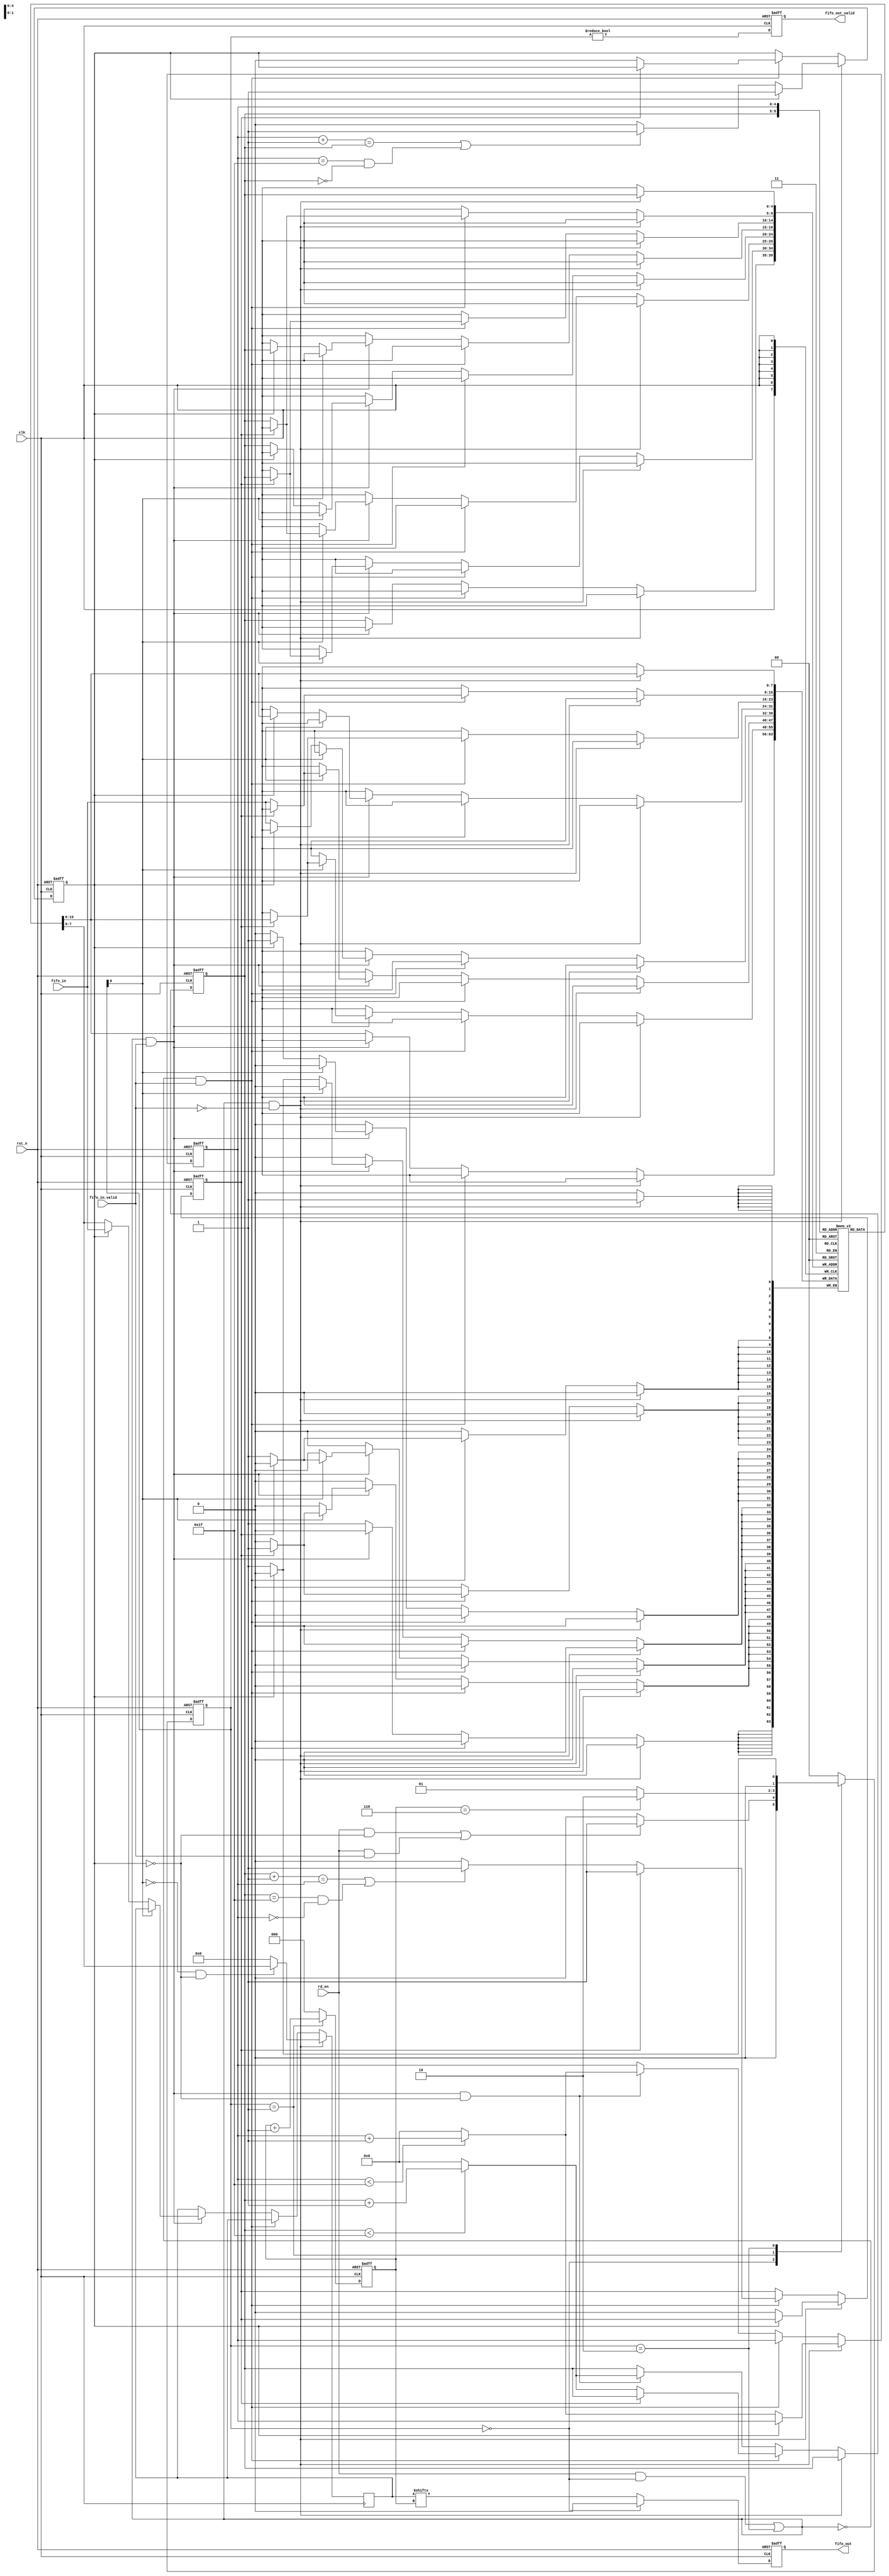
module FIFO #(parameter DATA_W = 8, ADDR_W = 5, BUFF_L = 32, OUT_ADDR_W = 3) (
    input  wire              clk           , // Clock
    input  wire              rst_n         , // Asynchronous reset active low
    input  wire [DATA_W-1:0] fifo_in       ,
    input  wire              fifo_in_valid ,
    input  wire              rd_en         ,
    output reg               fifo_out      ,
    output reg               fifo_out_valid
);

    reg [DATA_W - 1 : 0] mem_array  [0: 2**ADDR_W - 1];
    reg [ADDR_W - 1 : 0] rd_ptr, wr_ptr;
    reg [ADDR_W - 1 : 0] rd_ptr_nxt, wr_ptr_nxt;
    reg                  full_ff, empty_ff;
    reg                  full_ff_nxt, empty_ff_nxt;

    reg [    DATA_W - 1 : 0] out_buff    ;
    reg [OUT_ADDR_W - 1 : 0] out_cnt, out_cnt_nxt;
    reg [             1 : 0] out_state_ff, out_state_ff_nxt;
    reg                      fetch       ;

    always @(posedge clk or negedge rst_n) begin : proc_reg_update
        if (~rst_n)    begin
            rd_ptr       <= {(ADDR_W){1'b 0}};
            wr_ptr       <= {(ADDR_W){1'b 0}};
            full_ff      <= 1'b 0;
            empty_ff     <= 1'b 1;
            out_cnt      <= {(OUT_ADDR_W){1'b 0}};
            out_state_ff <= 2'b 00;
        end else begin
            rd_ptr       <= rd_ptr_nxt;
            wr_ptr       <= wr_ptr_nxt;
            empty_ff     <= empty_ff_nxt;
            full_ff      <= full_ff_nxt;
            out_cnt      <= out_cnt_nxt;
            out_state_ff <= out_state_ff_nxt;
        end
    end

    // Control for fifo fetch flag
    always @(*) begin
        fetch <= (rd_en && out_state_ff == 2'b 00) || out_state_ff == 2'b 10;
    end

    // Control for rd/wr pointers
    // wr_ptr_nxt, rd_ptr_nxt, empty_ff_nxt, full_ff_nxt
    always @(*) begin
        if (fetch == 1'b 1 && fifo_in_valid == 1'b 0) begin
            wr_ptr_nxt   <= wr_ptr;
            if (~empty_ff) begin
                rd_ptr_nxt   <= (rd_ptr < BUFF_L - 1)? rd_ptr + 4'h 1: {(ADDR_W){1'b 0}};
                if ((rd_ptr + 1 == wr_ptr) || ((rd_ptr == BUFF_L- 1) && (wr_ptr == 0)))
                    empty_ff_nxt <= 1'b 1;
                else
                    empty_ff_nxt <= 1'b 0;
                full_ff_nxt  <= 1'b 0;
            end else begin
                rd_ptr_nxt   <= rd_ptr;
                empty_ff_nxt <= empty_ff;
                full_ff_nxt  <= full_ff;
            end
        end else if (fetch == 1'b 0 && fifo_in_valid == 1'b 1) begin
            rd_ptr_nxt   <= rd_ptr;
            if (~full_ff) begin
                wr_ptr_nxt   <= (wr_ptr < BUFF_L - 1)? wr_ptr + 4'h 1: {(ADDR_W){1'b 0}};
                if ((wr_ptr + 1 == rd_ptr) || ((wr_ptr == BUFF_L- 1) && (rd_ptr == 0)))
                    full_ff_nxt  <= 1'b 1;
                else
                    full_ff_nxt  <= 1'b 0;
                empty_ff_nxt <= 1'b 0;
            end else begin
                wr_ptr_nxt   <= wr_ptr;
                empty_ff_nxt <= empty_ff;
                full_ff_nxt  <= full_ff;
            end
        end else if (fetch == 1'b 1 && fifo_in_valid == 1'b 1 && ~empty_ff) begin
            rd_ptr_nxt   <= (rd_ptr < BUFF_L - 1)? rd_ptr + 4'h 1: {(ADDR_W){1'b 0}};
            wr_ptr_nxt   <= (wr_ptr < BUFF_L - 1)? wr_ptr + 4'h 1: {(ADDR_W){1'b 0}};
            full_ff_nxt  <= full_ff;
            empty_ff_nxt <= empty_ff;
        end else begin
            rd_ptr_nxt   <= rd_ptr;
            wr_ptr_nxt   <= wr_ptr;
            full_ff_nxt  <= full_ff;
            empty_ff_nxt <= empty_ff;
        end

    end

    // Update main memory
    // out_buff, mem_array[wr_ptr]
    always @(posedge clk) begin : proc_mem
        if (fetch && ~fifo_in_valid) begin
             mem_array[wr_ptr] <= mem_array[wr_ptr];
            if (out_state_ff[0] == 1'b 0 && ~empty_ff) begin
                out_buff          <= mem_array[rd_ptr];
            end else
                out_buff          <= {(DATA_W){1'b 0}};
        end else if (~fetch && fifo_in_valid) begin
            out_buff <= out_buff;
            if (~full_ff)
                mem_array[wr_ptr] <= fifo_in;
            else
                mem_array[wr_ptr] <= mem_array[wr_ptr];
        end else if (fetch && fifo_in_valid) begin
            if (out_state_ff[0] == 1'b 0) begin
                if (empty_ff) begin
                    out_buff          <= fifo_in;
                    mem_array[wr_ptr] <= mem_array[wr_ptr];
                end else begin
                    out_buff          <= mem_array[rd_ptr];
                    mem_array[wr_ptr] <= fifo_in;
                end
            end else if (~full_ff) begin
                out_buff          <= out_buff;
                mem_array[wr_ptr] <= fifo_in;
            end else begin
                out_buff          <= out_buff;
                mem_array[wr_ptr] <= mem_array[wr_ptr];
            end
        end else begin
            out_buff          <= out_buff;
            mem_array[wr_ptr] <= mem_array[wr_ptr];
        end
    end

    // Control for output buffer pointers
    always @(*) begin
        case (out_state_ff)
            2'b 00 : begin
                out_cnt_nxt <= {(OUT_ADDR_W){1'b 0}};

                if ((rd_en && ~empty_ff) || (rd_en && fifo_in_valid))
                    out_state_ff_nxt <= 2'b 01;
                else
                    out_state_ff_nxt <= 2'b 00;
            end
            2'b 01 : begin
                out_cnt_nxt <= out_cnt + 3'h 1;

                if (out_cnt == {{(OUT_ADDR_W - 1){1'b 1}}, 1'b 0}) begin
                    out_state_ff_nxt <= 2'b 10;
                end else begin
                    out_state_ff_nxt <= 2'b 01;
                end
            end
            2'b 10 : begin
                out_cnt_nxt <= {(OUT_ADDR_W){1'b 0}};
                if (empty_ff == 1'b 1)
                    out_state_ff_nxt <= 2'b 00;
                else
                    out_state_ff_nxt <= 2'b 01;
            end

            default : begin 
                out_cnt_nxt <= {(OUT_ADDR_W){1'b 0}};
                out_state_ff_nxt <= 2'b 00;
            end
        endcase
    end
    // Connect regs to output ports
    always @(negedge clk or negedge rst_n) begin
        if (~rst_n) begin
            fifo_out_valid <= 1'b 0;
            fifo_out       <= 1'b 0;
        end else begin
            fifo_out_valid <= (out_state_ff != 2'b00);
            fifo_out       <= (out_state_ff == 2'b 00)? 1'b 0 : out_buff[out_cnt];
        end
    end
endmodule